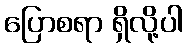
ပြောစရာ ရှိလို့ပါ